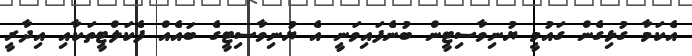
އެކަމާ ގުޅިގެން ގައުމީ ޔުނިވާސިޓީން ބުނެފައިވަނީ އެ ޔުނިވާސިޓީގެ ބައެއް ފެކަލްޓީތަކާއި އިދާރީ